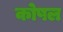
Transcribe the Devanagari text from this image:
कोषल